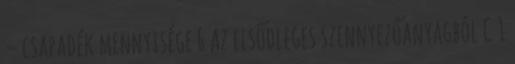
– csapadék mennyisége 6 Az elsődleges szennyezőanyagból C 1